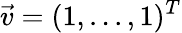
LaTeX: \vec{v}=(1,...,1)^{T}